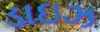
ડાઇઝ